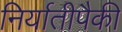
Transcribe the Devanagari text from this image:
निर्यातीपैकी